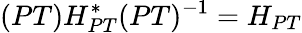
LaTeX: (PT)H_{PT}^{\ast}(PT)^{-1}=H_{PT}